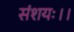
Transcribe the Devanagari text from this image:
संशयः।।